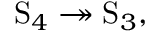
\mathrm { S } _ { 4 } \twoheadrightarrow \mathrm { S } _ { 3 } ,